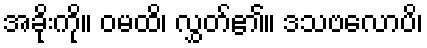
အခိုးကို။ ဝမထိ၊ လွှတ်၏။ ဒသဗလောပိ၊